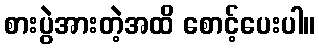
စားပွဲအားတဲ့အထိ စောင့်ပေးပါ။